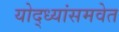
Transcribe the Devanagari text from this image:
योद्ध्यांसमवेत